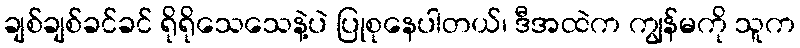
ချစ်ချစ်ခင်ခင် ရိုရိုသေသေနဲ့ပဲ ပြုစုနေပါတယ်၊ ဒီအထဲက ကျွန်မကို သူက